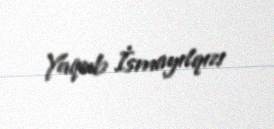
Yaqub İsmayılqızı